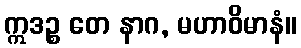
ဣဒဉ္စ တေ နာဂ, မဟာဝိမာနံ။